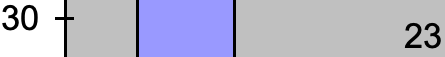
30 23